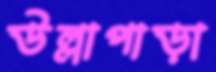
উল্লাপাড়া